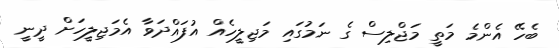
ބެހޭ އެންމެ މަތީ މަޖްލިސް ގެ ނަމުގައި މަޖިލީހެއް އުފައްދަވާ އެމަޖިލީހަށް ދީނީ